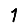
Digit: 1